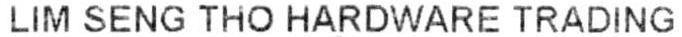
LIM SENG THO HARDWARE TRADING